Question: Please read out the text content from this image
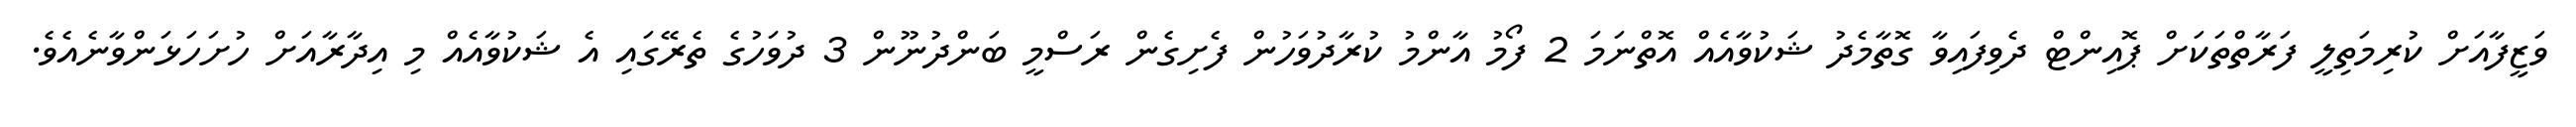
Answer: ވަޒީފާއަށް ކުރިމަތިލީ ފަރާތްތަކަށް ޕޮއިންޓް ދެވިފައިވާ ގޮތާމެދު ޝަކުވާއެއް އޮތްނަމަ 2 ފޯމު އާންމު ކުރާދުވަހުން ފެށިގެން ރަސްމީ ބަންދުނޫން 3 ދުވަހުގެ ތެރޭގައި އެ ޝަކުވާއެއް މި އިދާރާއަށް ހުށަހަޅަންވާނެއެވެ.